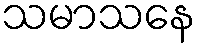
သမာသနေ